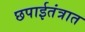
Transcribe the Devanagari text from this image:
छपाईतंत्रात